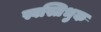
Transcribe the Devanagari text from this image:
स्वस्तिभुक